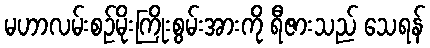
မဟာလမ်းစဉ်မိုးကြိုးစွမ်းအားကို ရီဇားသည် သေရန်